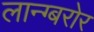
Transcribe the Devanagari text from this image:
लान्ग्बरोर